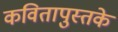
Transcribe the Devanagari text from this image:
कवितापुस्तके